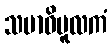
သမာဓိမူလကံ